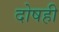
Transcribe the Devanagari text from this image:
दोषही